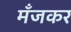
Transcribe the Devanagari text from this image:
मँजकर